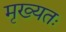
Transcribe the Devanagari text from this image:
मृख्यतः